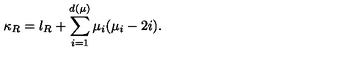
\kappa _ { R } = l _ { R } + \sum _ { i = 1 } ^ { d ( \mu ) } \mu _ { i } ( \mu _ { i } - 2 i ) .